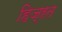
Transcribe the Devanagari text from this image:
हिज्ऱत